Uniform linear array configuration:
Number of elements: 24
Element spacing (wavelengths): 0.5
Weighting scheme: cosine
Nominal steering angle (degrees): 15
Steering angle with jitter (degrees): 15.653
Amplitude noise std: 0.05
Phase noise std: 0.05

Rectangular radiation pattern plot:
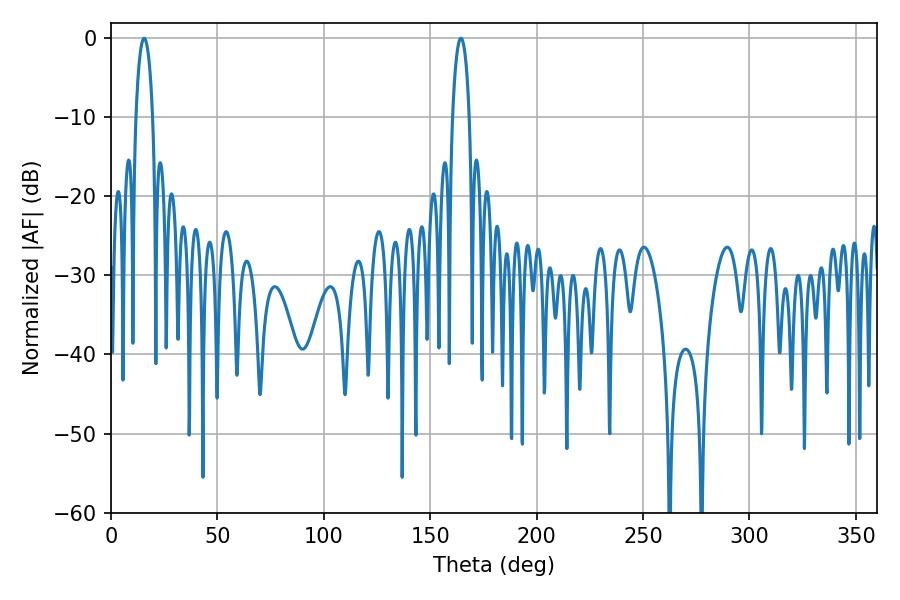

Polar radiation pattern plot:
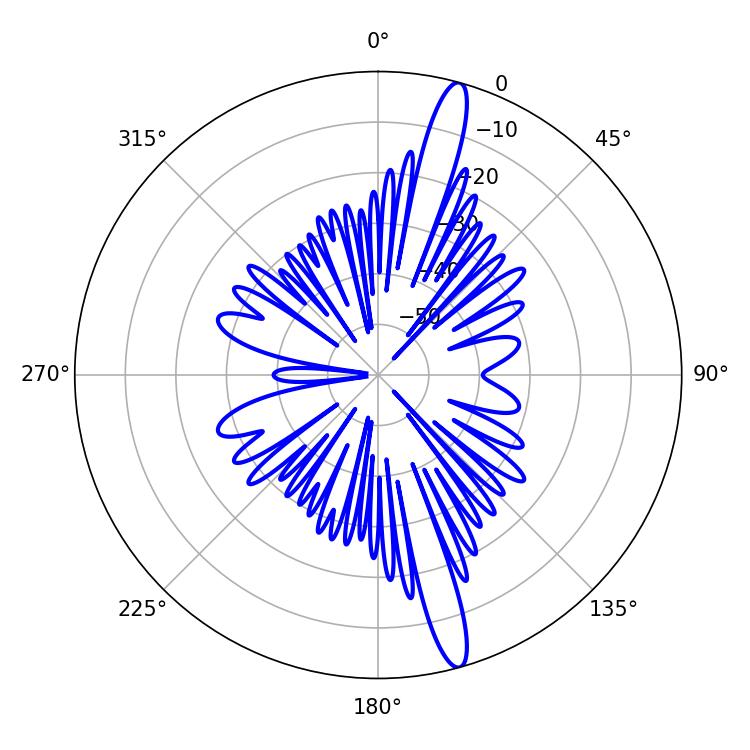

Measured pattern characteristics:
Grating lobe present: FALSE
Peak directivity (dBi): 16.351
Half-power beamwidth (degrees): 4.5
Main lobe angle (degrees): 15.66